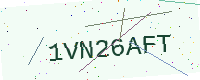
Text: 1VN26AFT